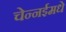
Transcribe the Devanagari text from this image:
चेन्नईमधे